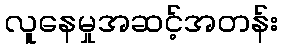
လူနေမှုအဆင့်အတန်း